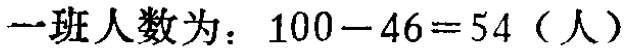
一班人数为：\(100 - 46 = 54\)（人）